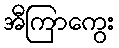
အီကြာကွေး